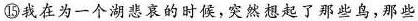
⑮我在为一个湖悲哀的时候，突然想起了那些鸟，那些